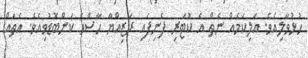
ހުޅުވާލިއެވެ. އަލިކަމެއް ނެތް އެ ކޮޓަރި ފެނިފައި ރަޒިއްޔާ ހާސްވެ ކަންބޮޑުވިއެވެ. އެތައް